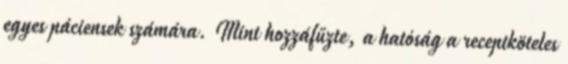
egyes páciensek számára. Mint hozzáfűzte, a hatóság a receptköteles